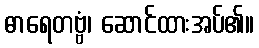
ဓာရေတဗ္ဗံ၊ ဆောင်ထားအပ်၏။